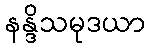
နန္ဒိသမုဒယာ